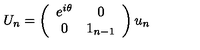
U _ { n } = \left( \begin{array} { c c } { e ^ { i \theta } } & { 0 } \\ { 0 } & { 1 _ { n - 1 } } \\ \end{array} \right) u _ { n }